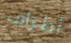
أطراف